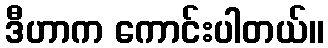
ဒီဟာက ကောင်းပါတယ်။